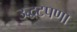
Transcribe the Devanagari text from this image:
उद्धटपणा